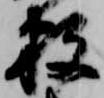
数